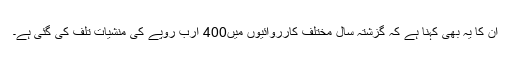
ان کا یہ بھی کہنا ہے کہ گزشتہ سال مختلف کارروائیوں میں400 ارب روپے کی منشیات تلف کی گئی ہے۔